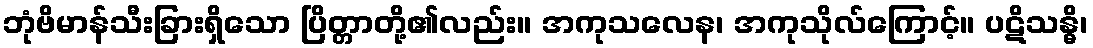
ဘုံဗိမာန်သီးခြားရှိသော ပြိတ္တာတို့၏လည်း။ အကုသလေန၊ အကုသိုလ်ကြောင့်။ ပဋိသန္ဓိ၊